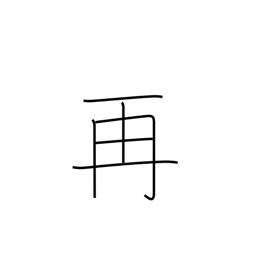
Meaning: twice